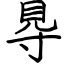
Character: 䙷